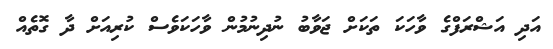
އަދި އަޝްރަފްގެ ވާހަކަ ތަކަށް ޖަވާބު ނުދިނުމުން ވާހަކަވެސް ކުރިއަށް ދާ ގޮތެއް